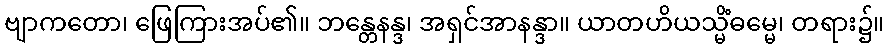
ဗျာကတော၊ ဖြေကြားအပ်၏။ ဘန္တေနန္ဒ၊ အရှင်အာနန္ဒာ။ ယာတဟိယသ္မိံဓမ္မေ၊ တရား၌။